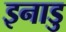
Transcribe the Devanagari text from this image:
इनाडु